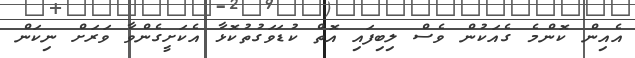
އެއިން ކޮންމެ ގެއަކުން ވެސް ލިބިފައި އޮތް ކުޑަވަގުތުކޮޅާ އެކަށީގެންވާ ވަރަށް ނިކަން